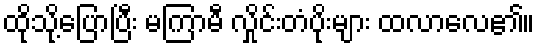
ထိုသို့ပြောပြီး မကြာမီ လှိုင်းတံပိုးများ ထလာလေ၏။